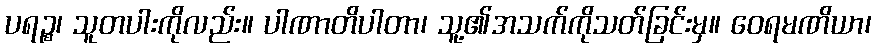
ပရဉ္စ၊ သူတပါးကိုလည်း။ ပါဏာတိပါတာ၊ သူ့၏အသက်ကိုသတ်ခြင်းမှ။ ဝေရမဏိယာ၊